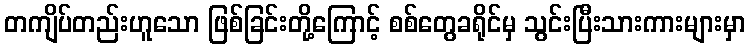
တကျိပ်တည်းဟူသော ဖြစ်ခြင်းတို့ကြောင့် စစ်တွေခရိုင်မှ သွင်းပြီးသားကားများမှာ